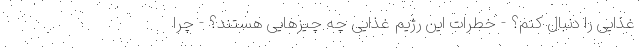
غذایی را دنبال کنم؟ - خطرات این رژیم غذایی چه چیزهایی هستند؟ - چرا